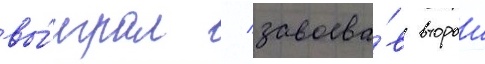
вы́играл / завоева́в второи